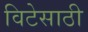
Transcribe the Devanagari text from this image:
विटेसाठी